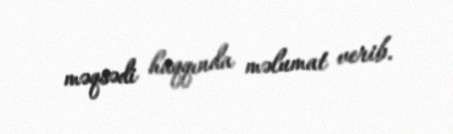
məqsədi haqqında məlumat verib.